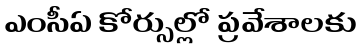
ఎంసీఏ కోర్సుల్లో ప్రవేశాలకు